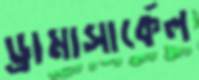
ড্রামাসার্কেল